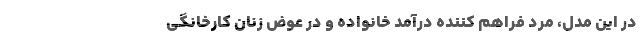
در این مدل، مرد فراهم کننده درآمد خانواده و در عوض زنان کارخانگی